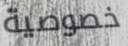
خصوصية